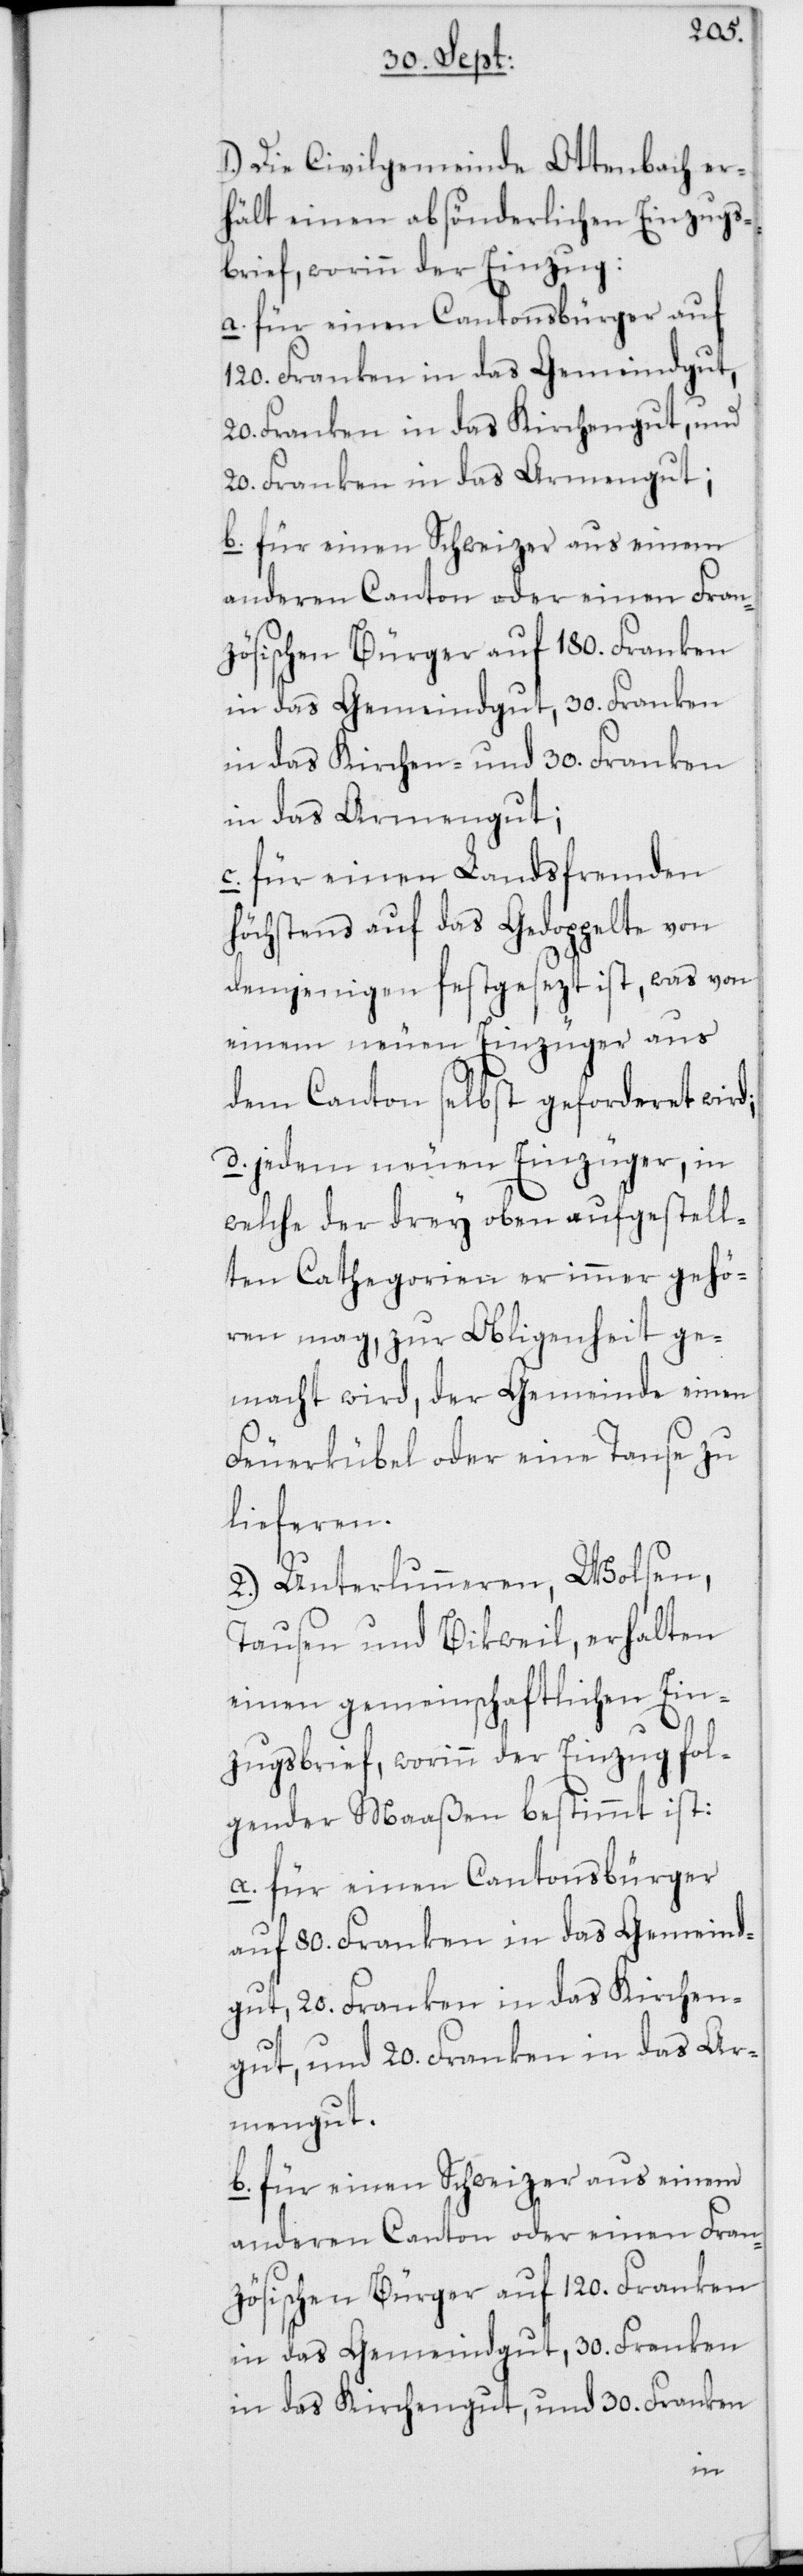
1.) Die Civilgemeinde Ottenbach er¬
hält einen absönderlichen Einzugs¬
brief, worinn der Einzug:
a. für einen Cantonsbürger auf
120. Franken in das Gemeindgut,
20. Franken in das Kirchengut, und
20. Franken in das Armengut;
b. für einen Schweizer aus einem
anderen Canton oder einen Fran¬
zösischen Bürger auf 180. Franken
in das Gemeindgut, 30. Franken
in das Kirchen- und 30. Franken
in das Armengut;
c. für einen Landsfremden
höchstens auf das Gedoppelte von
demjenigen festgesezt ist, was von
einem neuen Einzüger aus
dem Canton selbst geforderet wird;
d. jedem neuen Einzüger, in
welche der drey oben aufgestell¬
ten Cathegorien er immer gehö¬
ren mag, zur Obligenheit ge¬
macht wird, der Gemeinde einen
Feuerkübel oder eine Tanse zu
lieferen.
2.) Unterlunneren, Wolsen,
Tausen und Bikweil, erhalten
einen gemeinschaftlichen Ein¬
zugsbrief, worinn der Einzug fol¬
gender Maaßen bestimmt ist:
a. für einen Cantonsbürger
auf 80. Franken in das Gemeind¬
gut, 20. Franken in das Kirchen¬
gut, und 20. Franken in das Ar¬
mengut.
b. für einen Schweizer aus einem
anderen Canton oder einen Fran¬
zösischen Bürger auf 120. Franken
in das Gemeindgut, 30. Franken
in das Kirchengut, und 30. Franken